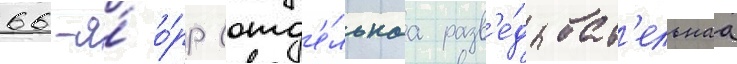
66-я́ о́рр (отд'е́льнаа разв'е́дыват'ельнаа